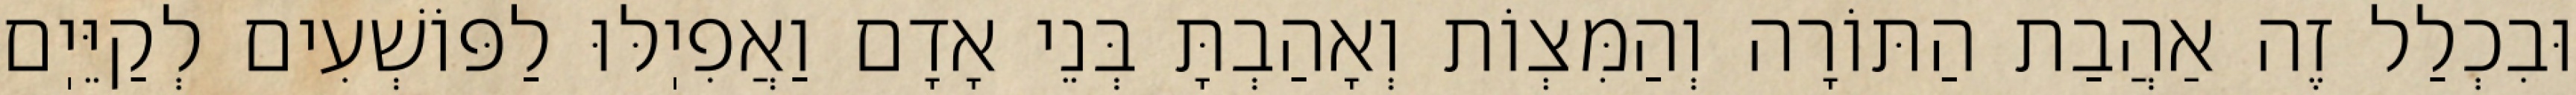
וּבִכְלַל זֶה אַהֲבַת הַתּוֹרָה וְהַמִּצְוֹת וְאָהַבְתָּ בְּנֵי אָדָם וַאֲפִיֽלּוּ לַפּוֹשְׁעִים לְקַיֵּיֽם